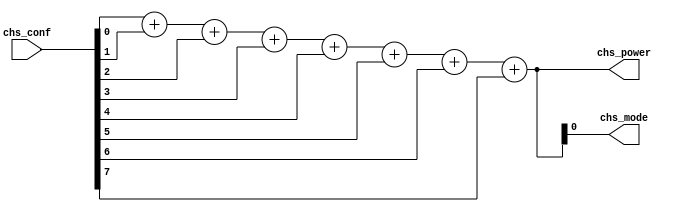
/*--  *******************************************************
--  Computer Architecture Course, Laboratory Sources 
--  Amirkabir University of Technology (Tehran Polytechnic)
--  Department of Computer Engineering (CE-AUT)
--  https://ce[dot]aut[dot]ac[dot]ir
--  *******************************************************
--  All Rights reserved (C) 2019-2020
--  *******************************************************
--  Student ID  : 9831066
--  Student Name: Mohammad MAhdi Nemati Haravani
--  Student Mail: adel110@aut.at.ir
--  *******************************************************
--  Additional Comments:
--
--*/

/*-----------------------------------------------------------
---  Module Name: Power Mode (Conting Ones)
---  Description: Module3: 
-----------------------------------------------------------*/
`timescale 1 ns/1 ns

module ModePower (
	input  [7:0] chs_conf  , // degree [temprature] 
	output [3:0] chs_power , // power  [cooler/heater] 
	output       chs_mode    // model  [heat=1/cool=0]
);

	/* write your code here */
	
	assign {chs_power} = chs_conf[0] + chs_conf[1] + chs_conf[2] + chs_conf[3] + chs_conf[4] + chs_conf[5] + chs_conf[6] + chs_conf[7],
			 chs_mode  = chs_power[0];
	
	/* write your code here */

endmodule